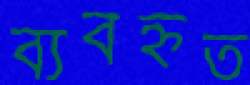
ব্যবহ্নত